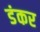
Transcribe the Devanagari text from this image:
डंकर